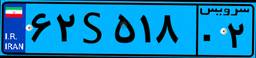
۴۷S۸۱۷۲۹